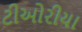
ટીઓરીયા